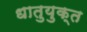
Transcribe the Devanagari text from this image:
धातुयुक्त